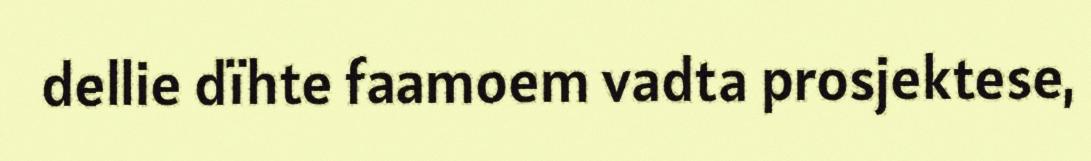
dellie dïhte faamoem vadta prosjektese,